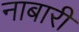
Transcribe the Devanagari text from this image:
नाबारी